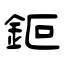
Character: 鉕